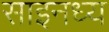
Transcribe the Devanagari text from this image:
साइनध्य